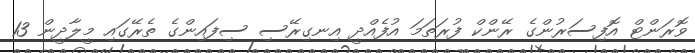
ވޮރަންޓް އޮފިސަރުންގެ ރޭންކް ފުރަތަމަ އުފެއްދީ އިނގިރޭސި ސިފައިންގެ ތެރޭގައި މީލާދީން 13